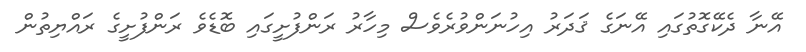
އޭނާ ދެކޭގޮތުގައި އޭނަގެ ޤަދަރު އިހުނަންވުރެވެސް މިހާރު ރަންފުށީގައި ބޮޑެވެ ރަންފުށީގެ ރައްޔިތުން